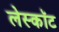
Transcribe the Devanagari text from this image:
लेस्कॉट